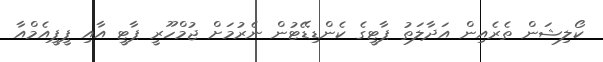
ކޯލިޝަން ތެރެއިން އަދާލަތު ޕާޓީގެ ކެންޑިޑޭޓުން ނެރުމަށް ޖުމްހޫރީ ޕާޓީ އާއި ޕީޕީއެމްއާ